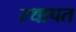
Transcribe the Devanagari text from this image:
स्थापत